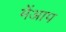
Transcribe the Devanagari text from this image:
मेंआप